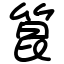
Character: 箟